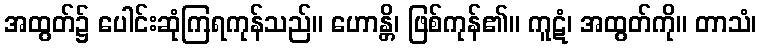
အထွတ်၌ ပေါင်းဆုံကြရကုန်သည်။ ဟောန္တိ၊ ဖြစ်ကုန်၏။ ကူဋံ၊ အထွတ်ကို။ တာသံ၊